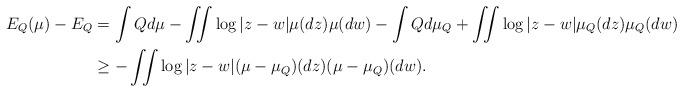
LaTeX: \begin{align*}E_{Q}(\mu)-E_{Q}&=\int Q d\mu -\iint \log|z-w|\mu(dz)\mu(dw)-\int Qd\mu_{Q}+\iint \log|z-w|\mu_{Q}(dz)\mu_{Q}(dw) \\&\ge -\iint \log|z-w|(\mu-\mu_{Q})(dz)(\mu-\mu_{Q})(dw).\end{align*}